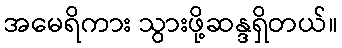
အမေရိကား သွားဖို့ဆန္ဒရှိတယ်။